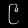
Digit: ၉